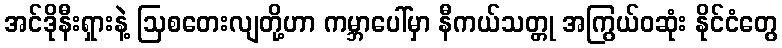
အင်ဒိုနီးရှားနဲ့ ဩစတေးလျတို့ဟာ ကမ္ဘာပေါ်မှာ နီကယ်သတ္တု အကြွယ်ဝဆုံး နိုင်ငံတွေ